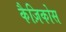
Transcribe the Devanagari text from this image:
कैज़िकोस